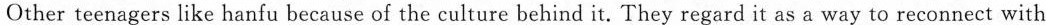
Other teenagers like hanfu because of the culture behind it. They regard it as a way to reconnect with